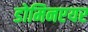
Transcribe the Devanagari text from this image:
डोमिनएयर